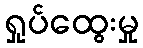
ရှုပ်ထွေးမှု